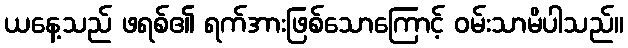
ယနေ့သည် ဖရစ်၏ ရက်အားဖြစ်သောကြောင့် ဝမ်းသာမိပါသည်။